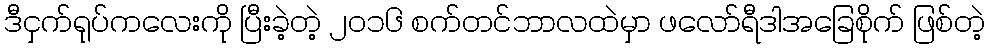
ဒီငှက်ရုပ်ကလေးကို ပြီးခဲ့တဲ့ ၂၀၁၆ စက်တင်ဘာလထဲမှာ ဖလော်ရီဒါအခြေစိုက် ဖြစ်တဲ့